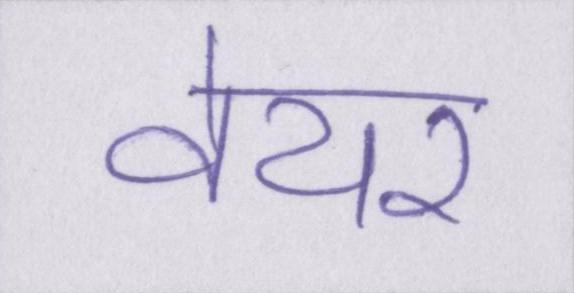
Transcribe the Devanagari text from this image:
वेयर